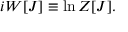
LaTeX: i W [ J ] \equiv \ln Z [ J ] .